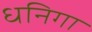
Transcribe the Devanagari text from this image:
धनिगा